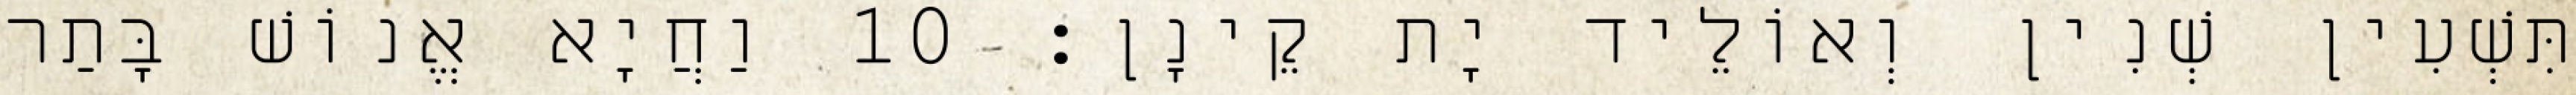
תִּשְׁעִין שְׁנִין וְאוֹלֵיד יָת קֵינָן׃ 10 וַחֲיָא אֱנוֹשׁ בָּתַר